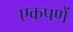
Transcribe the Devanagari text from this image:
एकपणें